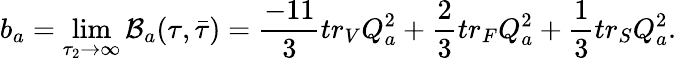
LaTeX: b_{a}=\operatorname*{lim}_{\tau_{2}\rightarrow\infty}{\cal B}_{a}(\tau,\bar{\tau})=\frac{-11}{3}tr_{V}Q_{a}^{2}+{\frac{2}{3}}tr_{F}Q_{a}^{2}+{\frac{1}{3}}tr_{S}Q_{a}^{2}.